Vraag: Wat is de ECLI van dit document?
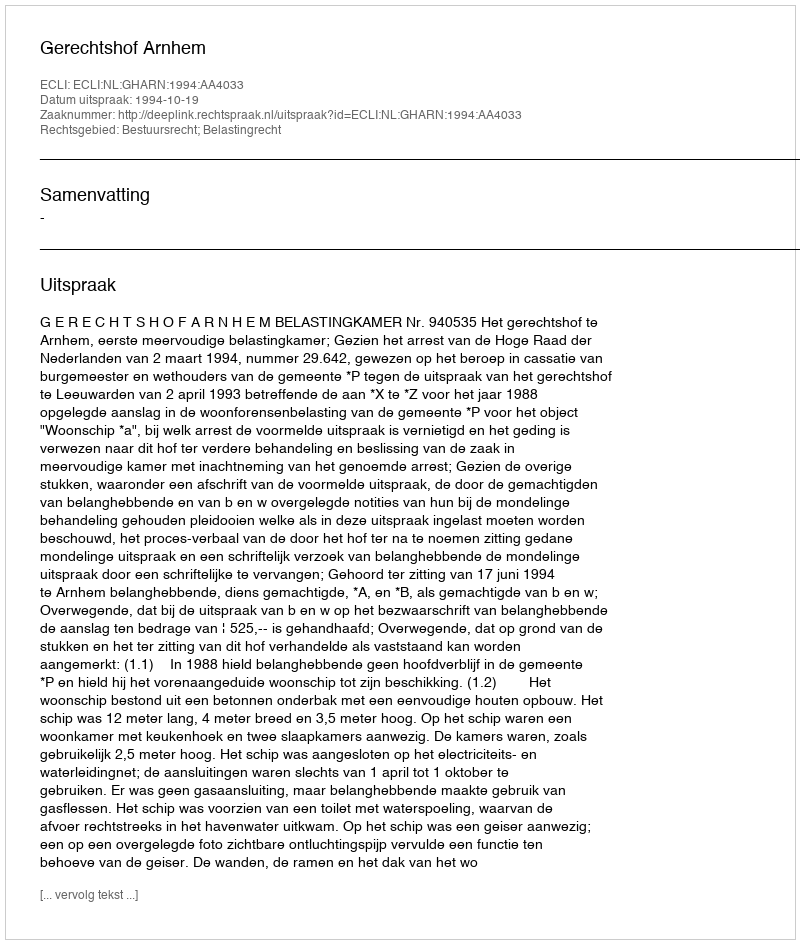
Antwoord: ECLI:NL:GHARN:1994:AA4033